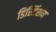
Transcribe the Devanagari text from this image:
डिस्टिंशन